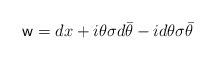
LaTeX: \begin{align*}{\sf w}=dx+i\theta\sigma d\bar{\theta}-id\theta\sigma\bar{\theta}\end{align*}